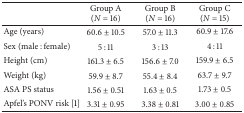
<table><thead><tr><td><b> </b></td><td><b>Group A (<i>N</i> = 16)</b></td><td><b>Group B(<i>N</i> = 16)</b></td><td><b>Group C(<i>N</i> = 15)</b></td></tr></thead><tbody><tr><td>Age (years)</td><td>60.6 ± 10.5</td><td>57.0 ± 11.3</td><td>60.9 ± 17.6</td></tr><tr><td>Sex (male : female)</td><td>5 : 11</td><td>3 : 13</td><td>4 : 11</td></tr><tr><td>Height (cm)</td><td>161.3 ± 6.5</td><td>156.6 ± 7.0</td><td>159.9 ± 6.5</td></tr><tr><td>Weight (kg)</td><td>59.9 ± 8.7</td><td>55.4 ± 8.4</td><td>63.7 ± 9.7</td></tr><tr><td>ASA PS status</td><td>1.56 ± 0.51</td><td>1.63 ± 0.5</td><td>1.73 ± 0.5</td></tr><tr><td>Apfel&#x27;s PONV risk [1]</td><td>3.31 ± 0.95</td><td>3.38 ± 0.81</td><td>3.00 ± 0.85</td></tr></tbody></table>